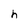
Character: h